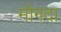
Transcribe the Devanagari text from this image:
मोगदा